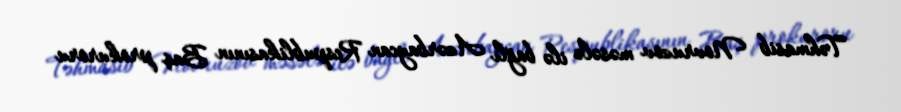
Təhmasib Novruzov məsələ ilə bağlı Azərbaycan Respublikasının Baş prokuroru